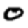
Digit: 0